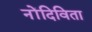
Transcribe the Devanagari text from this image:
नोंदिविता